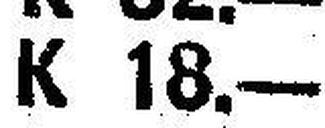
K 18.—